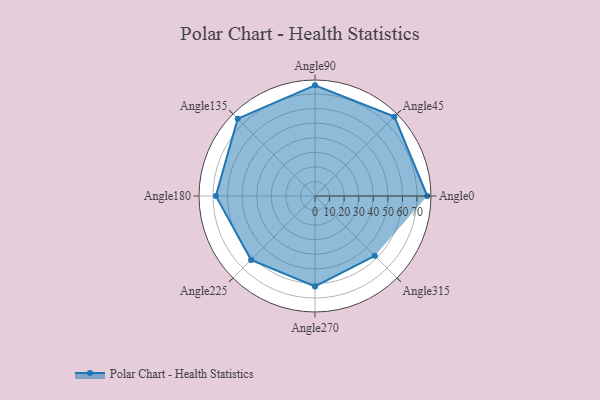
{"axis": {"x": "Angle", "y": "Radius"}, "legend": [""], "data": [{"x": "Angle0", "y": 77.0, "type": ""}, {"x": "Angle45", "y": 77.0, "type": ""}, {"x": "Angle90", "y": 76.0, "type": ""}, {"x": "Angle135", "y": 75.0, "type": ""}, {"x": "Angle180", "y": 68.0, "type": ""}, {"x": "Angle225", "y": 62.0, "type": ""}, {"x": "Angle270", "y": 62.0, "type": ""}, {"x": "Angle315", "y": 58.0, "type": ""}]}